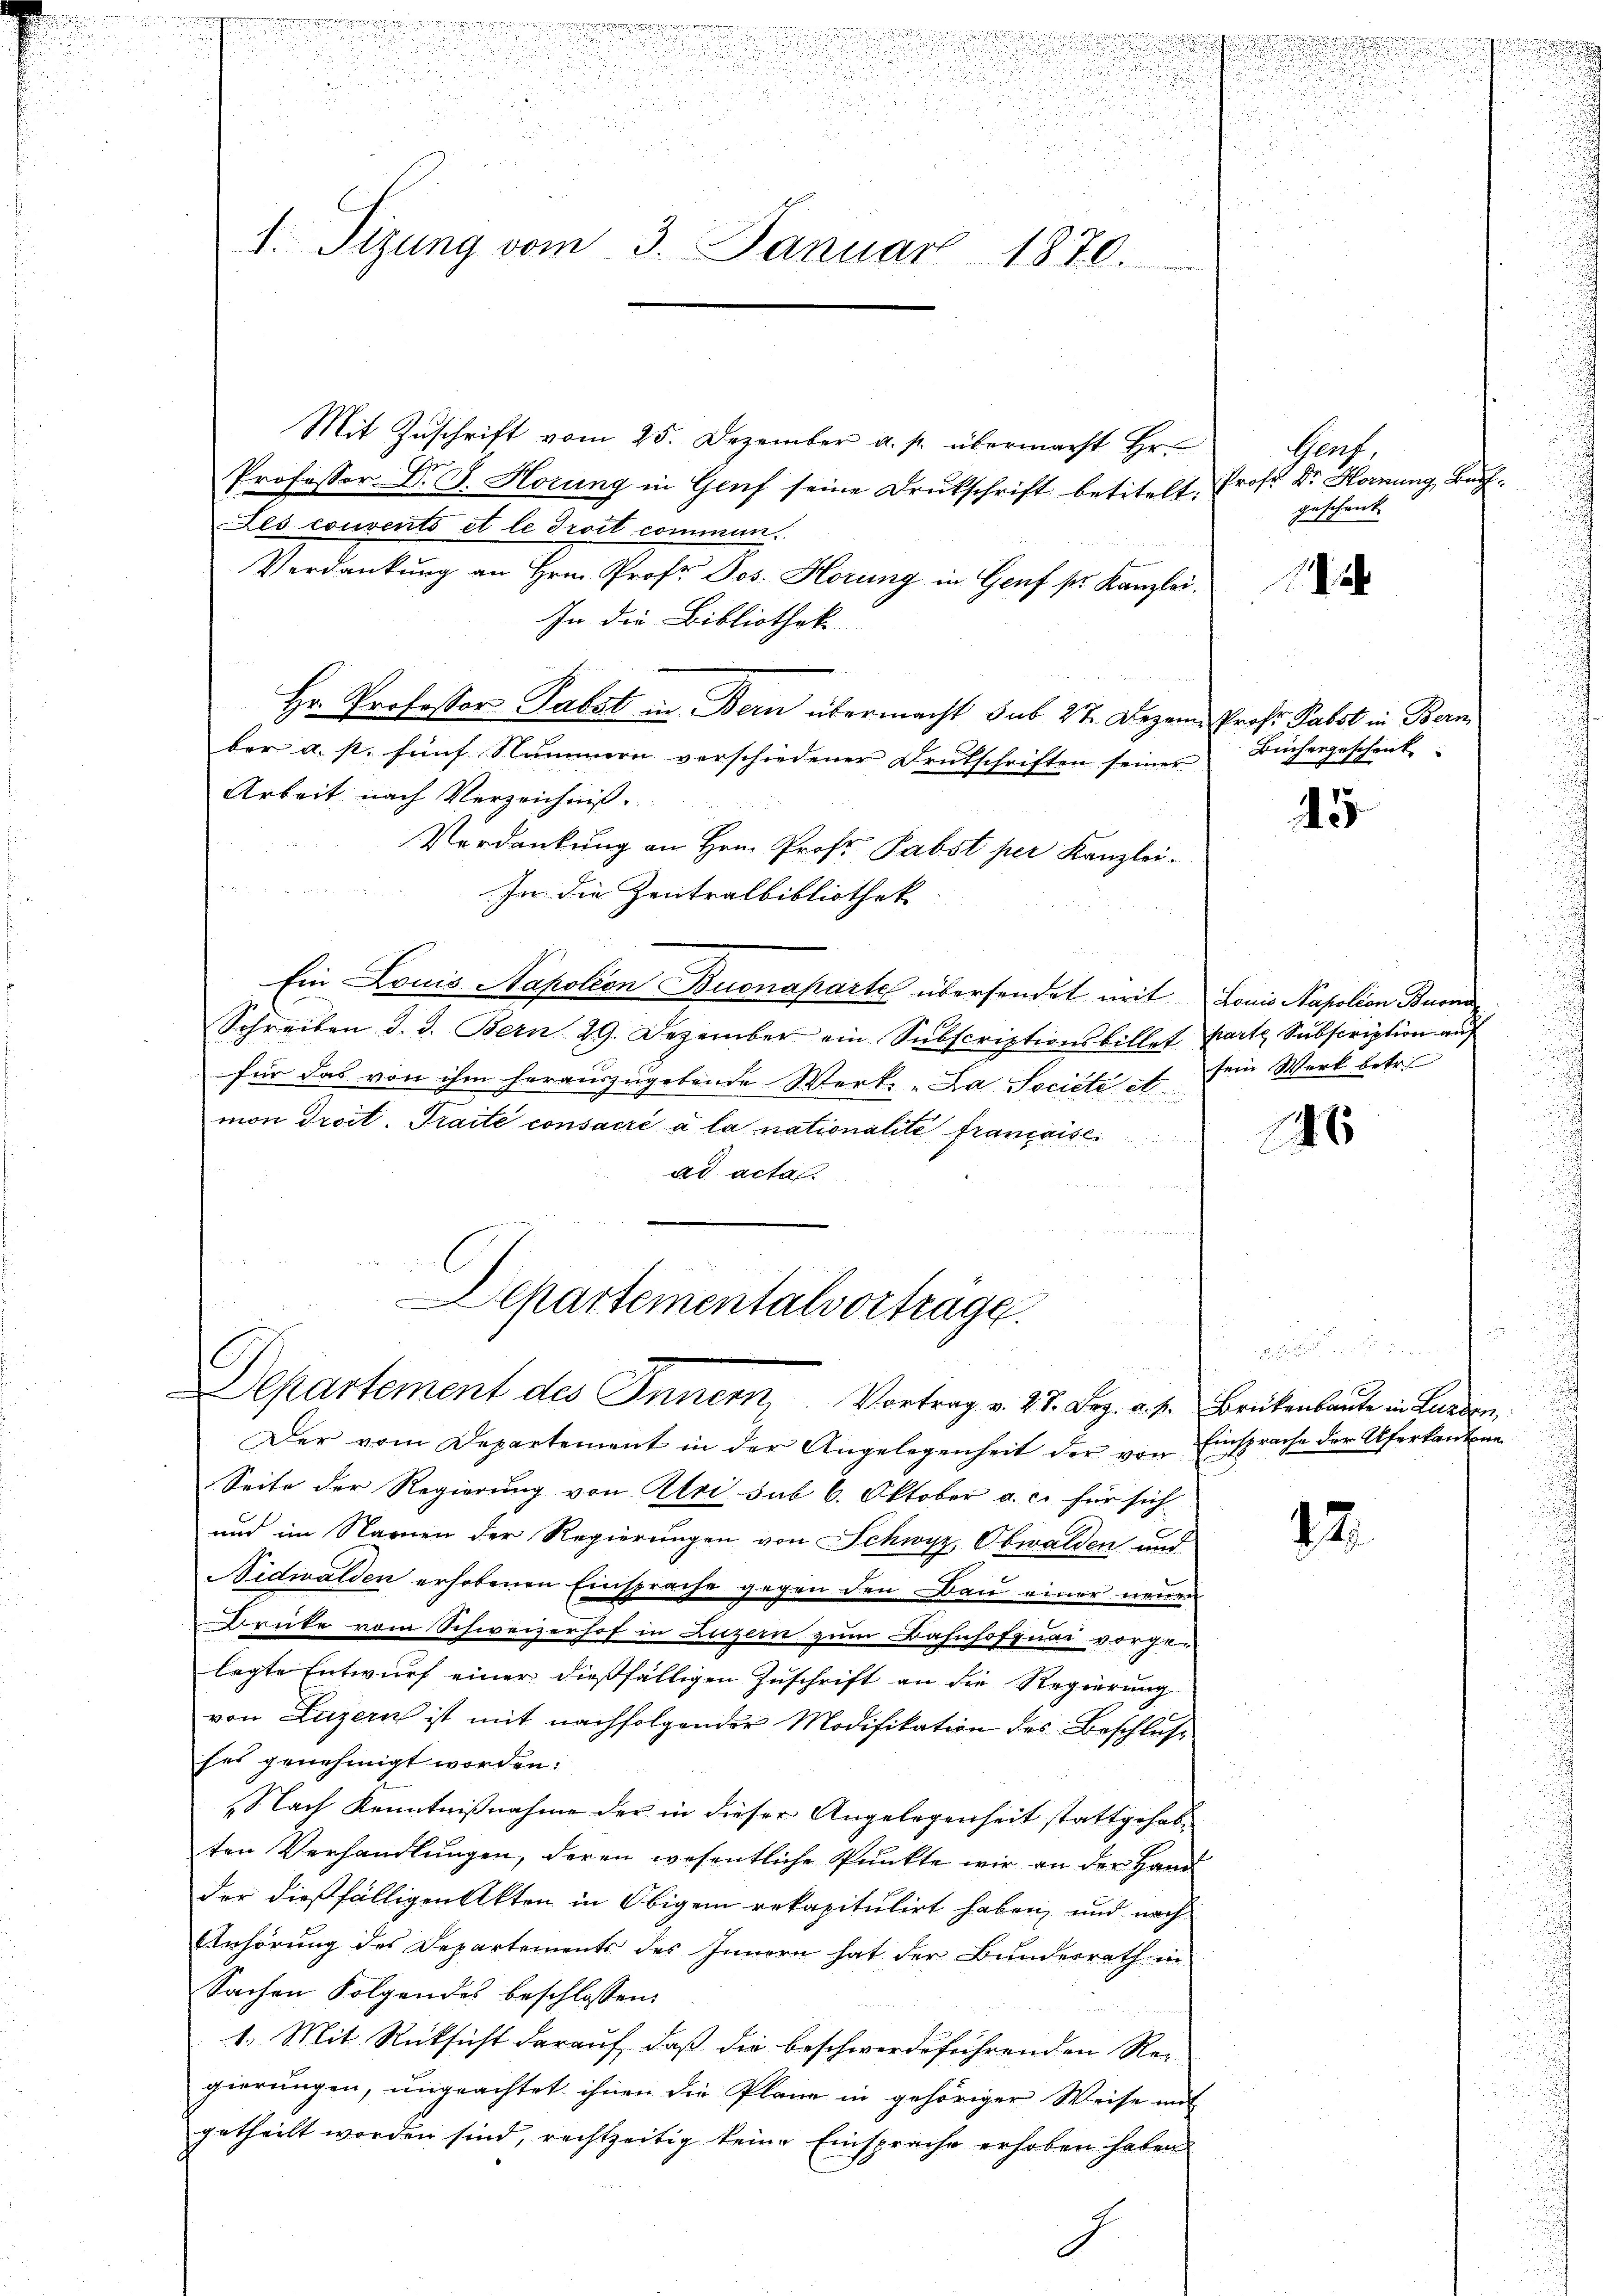
u

e

u

1. Sizung vom 3. Januar 1870.

Mit Zuschrift vom 25. Dezember a. p. übermacht Hr.
Professor Dr. G. Hörung in Genf seine Drukschrift betitelt, Prof. Dr. Hornung, Bach¬
Les couvents et le droit commen.
Verdankung an Hrn. Prof. Jos. Hörung in Genf sr. Kanzlei.
In die Bibliothek
Hr. Professor Pabst in Bern übermacht sub 27. Dezem Prof. Pabst in Bern
ber a. p. fünf Nummern verschiedener Deutschriften seines Büchergeschenk
Arbeit nach Verzeichniß
Verdankung an Hrn. Prof. Pabst per Kanzlei-
In die Zentralbibliothek
Ein Louis Napoleon Buonaparte übersendet mit Louis Napolion Buona
Schreiben d. d. Bern 29. Dezember ein Subscriptionsbillet parte Subscription auf
für das von ihm herauszugebende Werk: „Da Société et sein Werk betr.
mon droit. Traité consacré à la nationalite francoisc
ad acta
u

Schartementalvortrage

Der vom Departement in der Angelegenheit der von Einsprache der Uferkantone
Seite der Regierung von Uri sub 6. Oktober a. c. für sich
und im Namen der Regierungen von Schwyz, Obwalden und
Nidwalden erhobenen Einsprache gegen den Bau einer neuen
Drücke vom Schweizerhof in Luzern zum Bahnhofquai vorgelegte Entwurf einer dießfälligen Zuschrift an die Regierung
von Luzern ist mit nachfolgender Modifikation des Beschlus
hes genehmigt worden:
Nach Kenntnißnahme der in dieser Angelegenheit stattgehabten Verhandlungen, deren wesentliche Punkte wir an der Hand
der dießfälligen Akten in Obigem rekapitulirt haben, und nach
Anhörung des Departements des Innern hat der Bundesrath in
Sachen Folgendes beschlossen:
1. Mit Rücksicht darauf, daß die beschwerdeführenden Rec
gierungen, ungeachtet ihnen die Pläne in gehöriger Weise mit
getheilt worden sind, rechtzeitig keine Einsprache erhoben haben

Departement des Innern, Vortrag v. 27. Dez. a. f. Brükenlaute in Lungen

Graf,
geschenk

45

26

12.

.